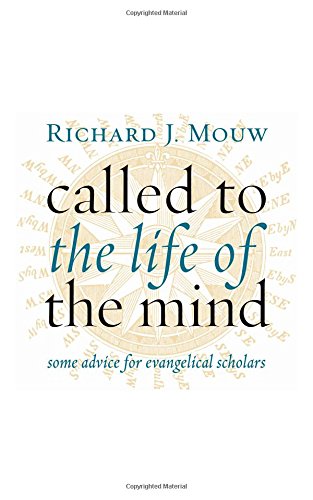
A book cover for Called to the Life of the Mind: Some Advice for Evangelical Scholars; Richard J. Mouw; Christian Books & Bibles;